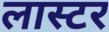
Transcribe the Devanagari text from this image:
लास्टर